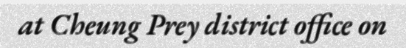
at Cheung Prey district office on